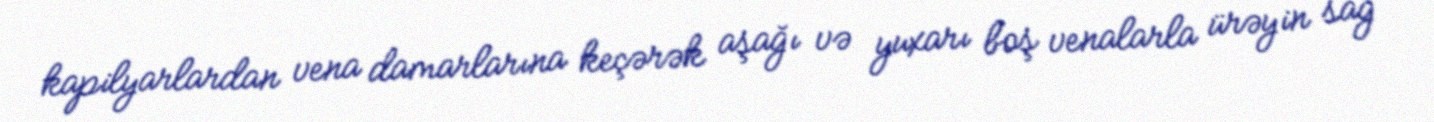
kapilyarlardan vena damarlarına keçərək aşağı və yuxarı boş venalarla ürəyin sağ